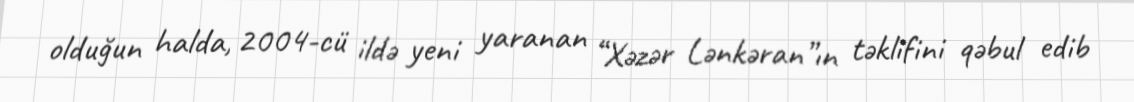
olduğun halda, 2004-cü ildə yeni yaranan “Xəzər Lənkəran”ın təklifini qəbul edib